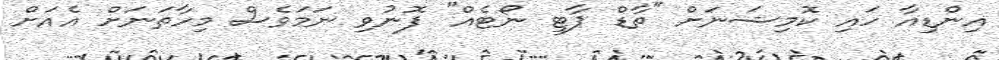
އިންޑިއާ ހައި ކޮމިޝަނަށް "ތާޑް ޕާޓީ ނޯޓެއް" ފޮނުވި ނަމަވެސް މިހާތަނަށް އެއަށް